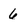
Character: 6